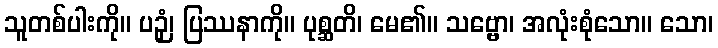
သူတစ်ပါးကို။ ပဉှံ၊ ပြဿနာကို။ ပုစ္ဆတိ၊ မေ၏။ သဗ္ဗော၊ အလုံးစုံသော။ သော၊